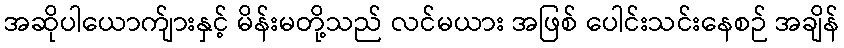
အဆိုပါယောက်ျားနှင့် မိန်းမတို့သည် လင်မယား အဖြစ် ပေါင်းသင်းနေစဉ် အချိန်